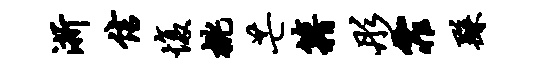
浙信愎桃芒籍彤霏繇